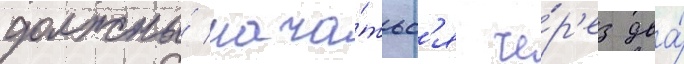
должны́ нача́тьс'я че́р'ез два́